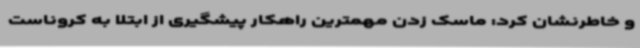
و خاطرنشان کرد: ماسک زدن مهمترین راهکار پیشگیری از ابتلا به کروناست